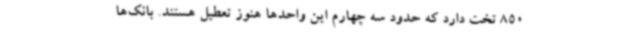
850 تخت دارد که حدود سه چهارم این واحدها هنوز تعطیل هستند. بانک‌ها